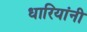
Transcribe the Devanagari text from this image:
धारियांनी